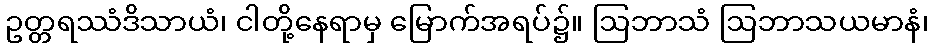
ဥတ္တရဿံဒိသာယံ၊ ငါတို့နေရာမှ မြောက်အရပ်၌။ ဩဘာသံ ဩဘာသယမာနံ၊